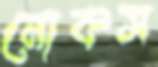
নোকস